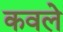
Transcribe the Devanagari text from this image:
कवले